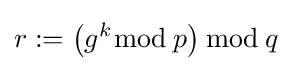
r:=\left(g^{k}{\bmod {\,}}p\right){\bmod {\,}}q